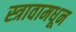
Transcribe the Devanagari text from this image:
स्त्रावामधून